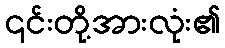
၎င်းတို့အားလုံး၏